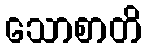
သောစာတိ